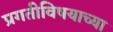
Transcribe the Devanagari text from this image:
प्रगतीविषयाच्या